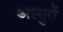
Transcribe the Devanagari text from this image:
अस्सुरों